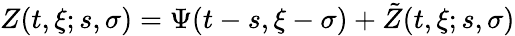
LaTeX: Z(t,\xi;s,\sigma)=\Psi(t-s,\xi-\sigma)+\tilde{Z}(t,\xi;s,\sigma)